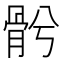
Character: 𩨦